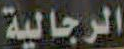
الرجالية